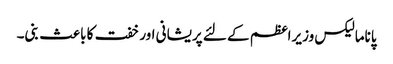
پاناما لیکس وزیراعظم کے لئے پریشانی اور خفت کا باعث بنی۔